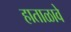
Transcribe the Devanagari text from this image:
हाताळावे